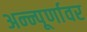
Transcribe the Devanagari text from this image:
अन्न्पूर्णावर